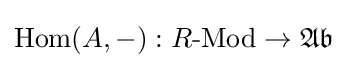
\operatorname {Hom} (A,-):R{\text{-Mod}}\to {\mathfrak {Ab}}